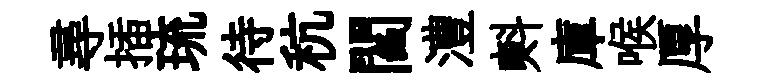
尋插琉待秔閻澧㪺庫喉厚